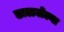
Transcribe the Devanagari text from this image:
ढाळलेल्या